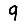
Digit: 9